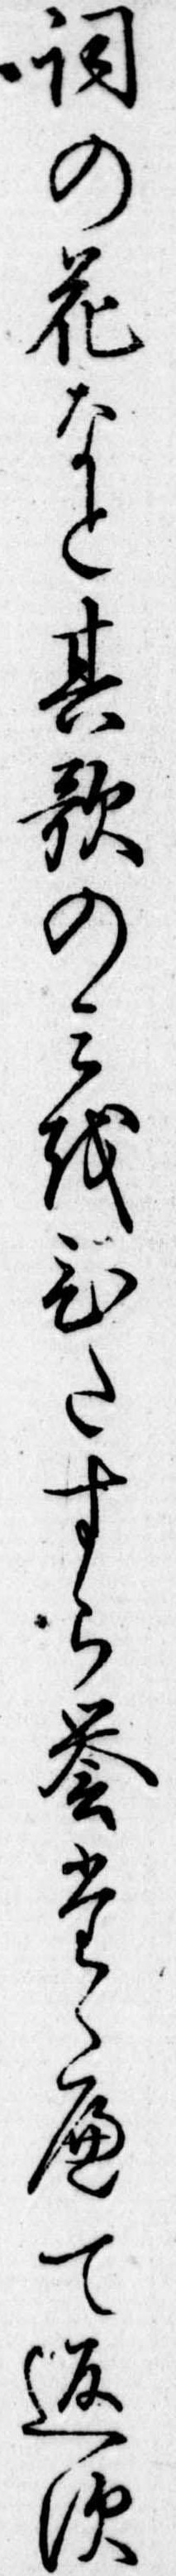
詞の花なと其歌のみをひたすら誉たゝへて返す